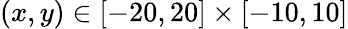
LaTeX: (x,y)\in[-20,20]\times[-10,10]